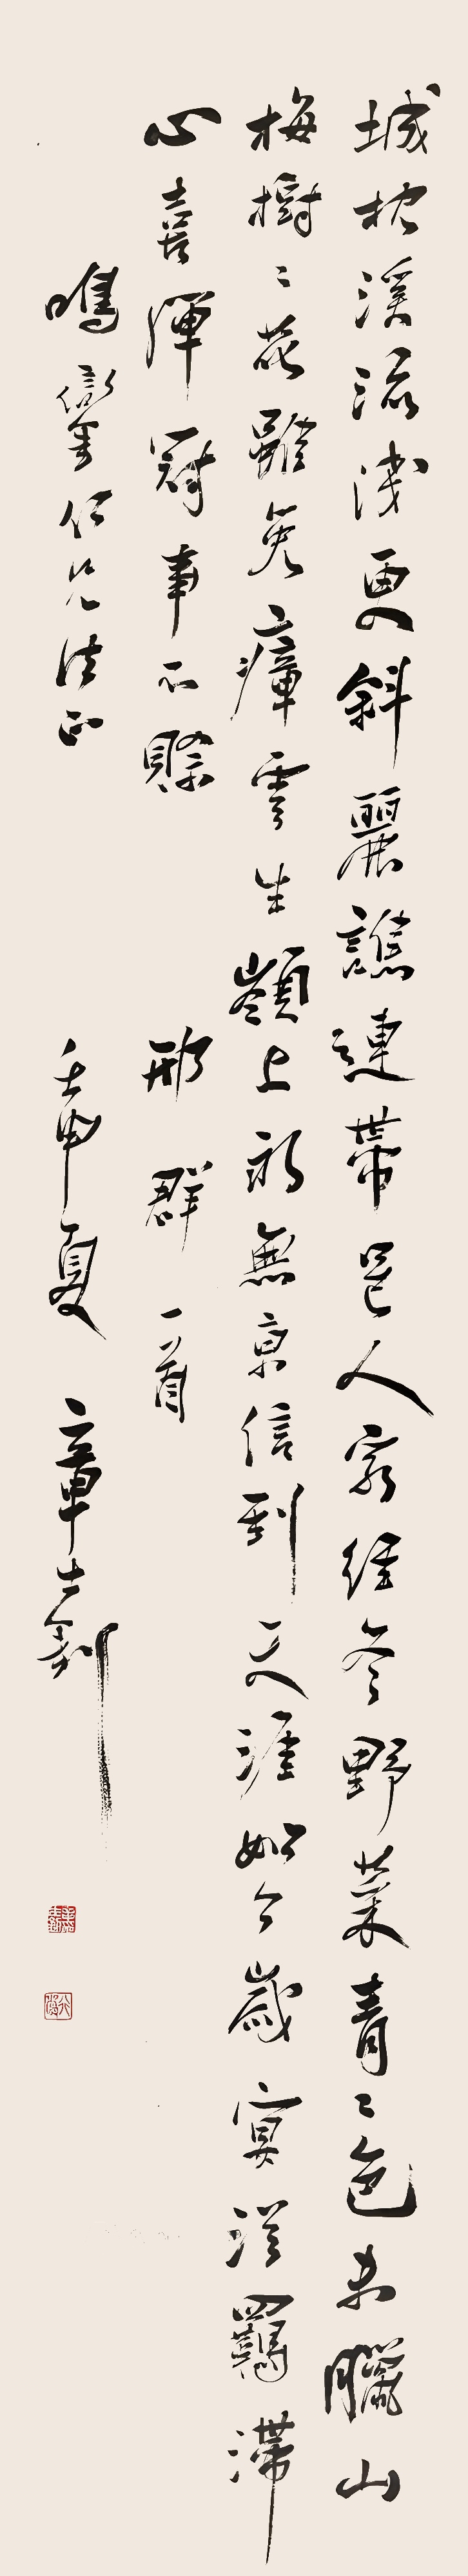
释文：城枕溪流浅更斜，丽谯连带邑人家。经冬野菜青青色，未腊山梅树树花。虽免瘴云生岭上，永无京信到天涯。如今岁宴从羁滞，心喜弹冠事不赊。邢群一首。鸣銮仁兄法正。壬申夏，章士钊。